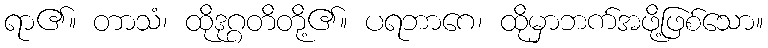
ရာ၏။ တာသံ၊ ထိုဒုဂ္ဂတိတို့၏။ ပရဘာဂေ၊ ထိုမှာဘက်အဖို့ဖြစ်သော။